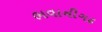
ભવાનીગઢ